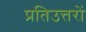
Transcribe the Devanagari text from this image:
प्रतिउत्तरों